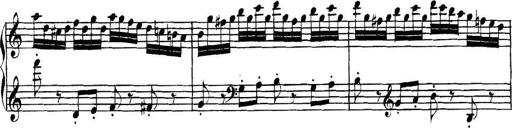
Title: Collected Piano Sonatas
Composer: Muzio Clementi